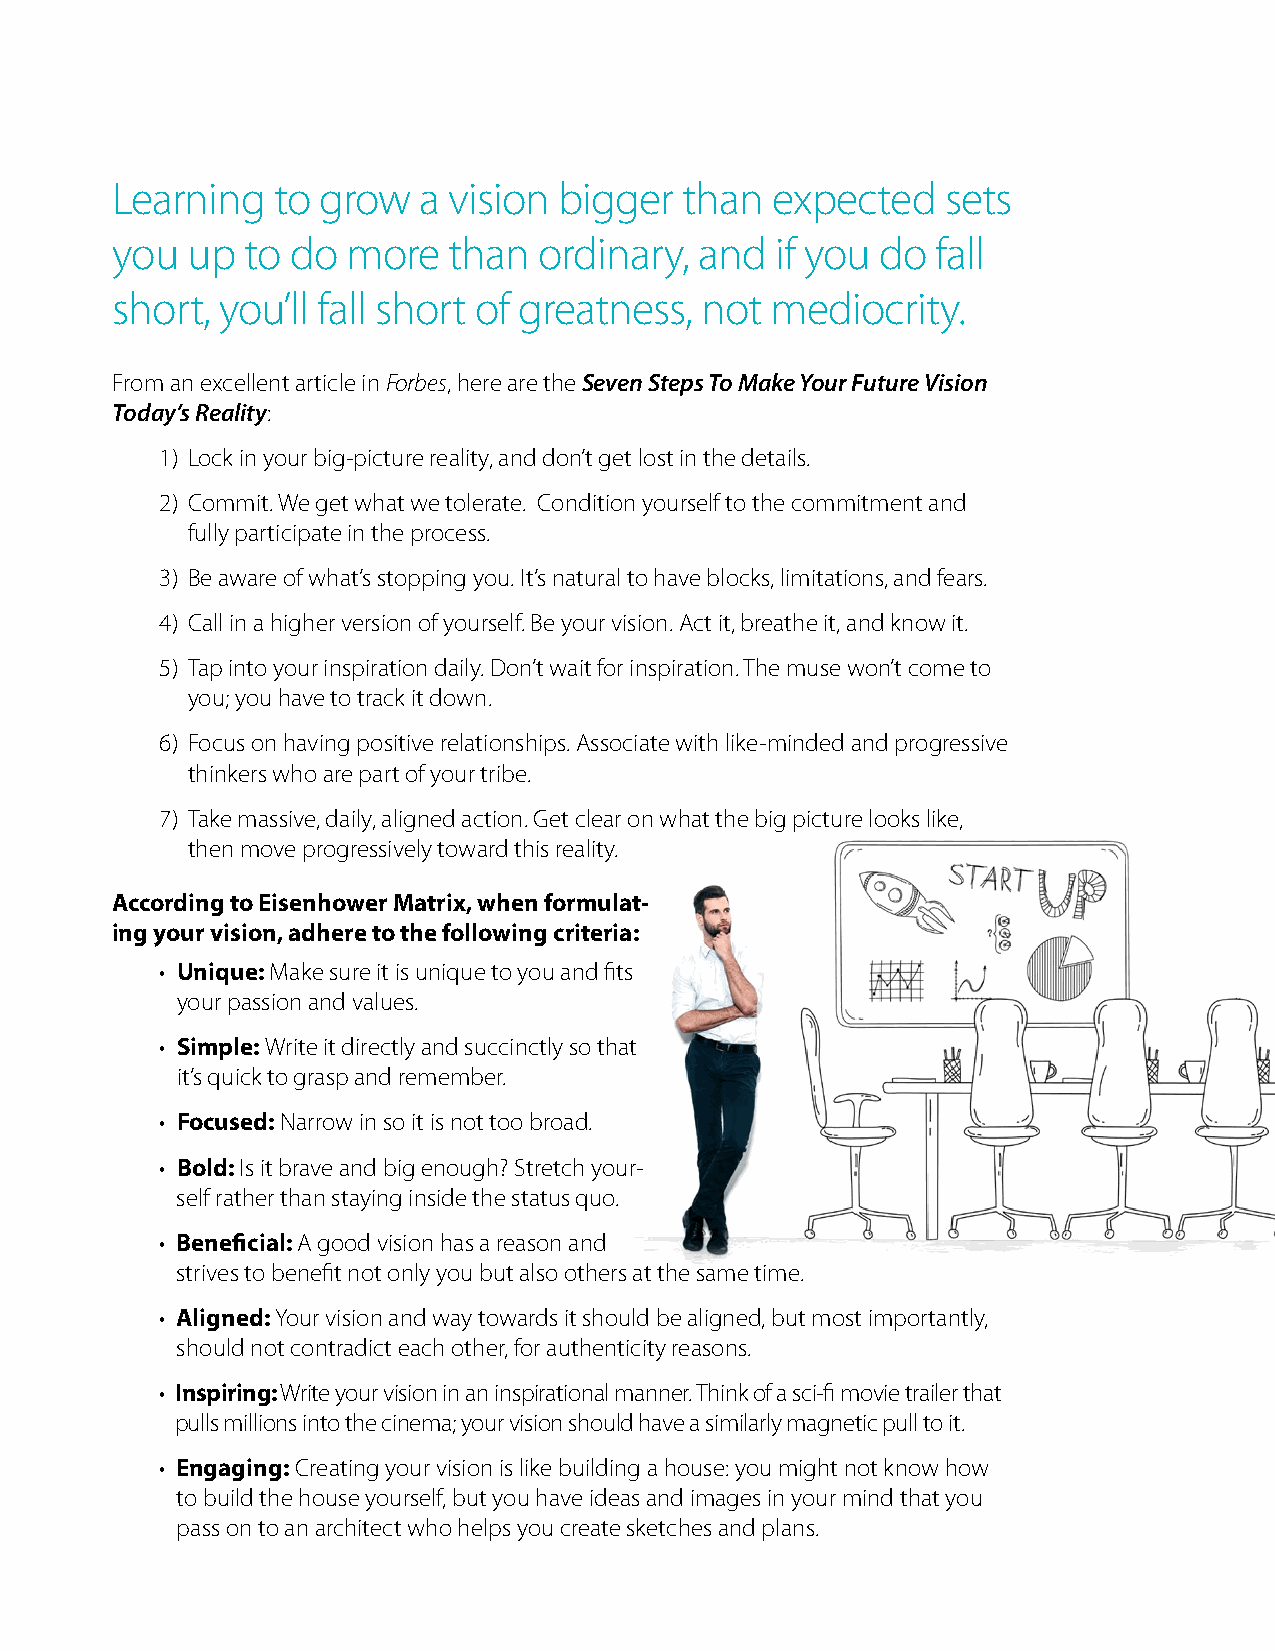
Learning   to grow   a vision bigger  than  expected    sets
 you  up  to do  more   than  ordinary, and  if you do  fall
 short,  you’ll fall short of greatness, not mediocrity.
 From an excellent article in Forbes, here are the Seven Steps To Make Your Future Vision
 Today’s Reality:
 1) Lock in your big-picture reality, and don’t get lost in the details.
 2) Commit. We get what we tolerate. Condition yourself to the commitment and
 fully participate in the process.
 3) Be aware of what’s stopping you. It’s natural to have blocks, limitations, and fears.
 4) Call in a higher version of yourself. Be your vision. Act it, breathe it, and know it.
 5) Tap into your inspiration daily. Don’t wait for inspiration. The muse won’t come to
 you; you have to track it down.
 6) Focus on having positive relationships. Associate with like-minded and progressive
 thinkers who are part of your tribe.
 7) Take massive, daily, aligned action. Get clear on what the big picture looks like,
 then move progressively toward this reality.
 According to Eisenhower Matrix, when formulat-
 ing your vision, adhere to the following criteria:
 • Unique: Make sure it is unique to you and fits
 your passion and values.
 • Simple: Write it directly and succinctly so that
 it’s quick to grasp and remember.
 • Focused: Narrow in so it is not too broad.
 • Bold: Is it brave and big enough? Stretch your-
 self rather than staying inside the status quo.
 • Beneficial: A good vision has a reason and
 strives to benefit not only you but also others at the same time.
 • Aligned: Your vision and way towards it should be aligned, but most importantly,
 should not contradict each other, for authenticity reasons.
 • I nspiring: Write your vision in an inspirational manner. Think of a sci-fi movie trailer that
 pulls millions into the cinema; your vision should have a similarly magnetic pull to it.
 • Engaging: Creating your vision is like building a house: you might not know how
 to build the house yourself, but you have ideas and images in your mind that you
 pass on to an architect who helps you create sketches and plans.